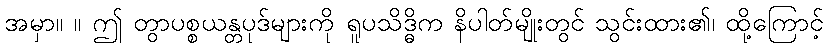
အမှာ။ ။ ဤ တွာပစ္စယန္တပုဒ်များကို ရူပသိဒ္ဓိက နိပါတ်မျိုးတွင် သွင်းထား၏၊ ထို့ကြောင့်